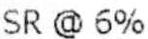
SR @ 6%